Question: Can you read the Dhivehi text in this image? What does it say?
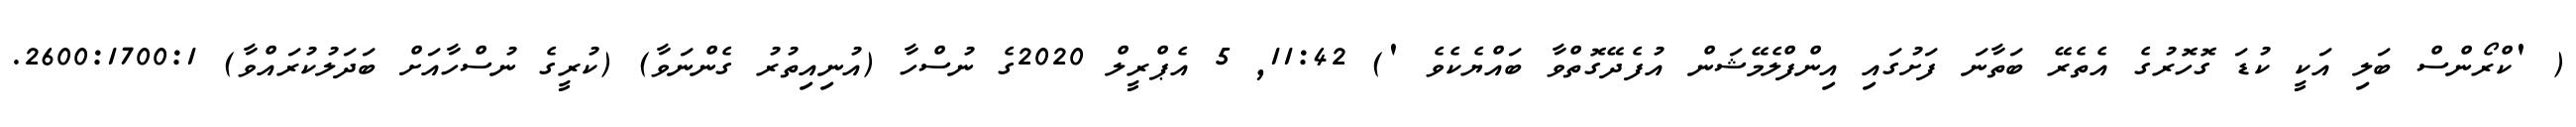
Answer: ( 'ކްރޯންސް ބަލި އަކީ ކުޑަ ގޮހޮރުގެ އެތެރޭ ބަތާނަ ފަށުގައި އިންފްލެމޭޝަން އުފެދޭގޮތްވާ ބައްޔެކެވެ ') 11:42, 5 އެޕްރީލް 2020ގެ ނުސްހާ (އުނިއިތުރު ގެންނަވާ) (ކުރީގެ ނުސްހާއަށް ބަދަލުކުރައްވާ) 2600:1700:1.